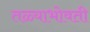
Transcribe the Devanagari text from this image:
तळ्याभोवती